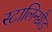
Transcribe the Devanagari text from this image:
स्टालिनग्रैड